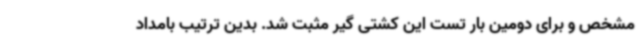
مشخص و برای دومین بار تست این کشتی گیر مثبت شد. بدین ترتیب بامداد